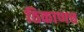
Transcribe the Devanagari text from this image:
ठिकाणच